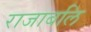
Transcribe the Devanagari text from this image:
राजाबलि